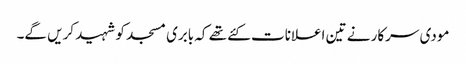
مودی سرکار نے تین اعلانات کئے تھے کہ بابری مسجد کو شہید کریں گے۔